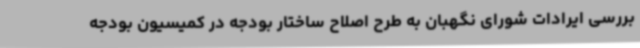
بررسی ایرادات شورای نگهبان به طرح اصلاح ساختار بودجه در کمیسیون‌ بودجه